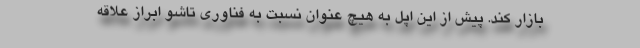
بازار کند. پیش از این اپل به هیچ عنوان نسبت به فناوری تاشو ابراز علاقه